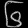
Digit: ၆